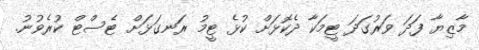
މާޒިޔާ ފަދަ ވަރުގަދަ ޓީމަކާ ދެކޮޅަށް ކުޅެ ޓީމު ރަނގަޅަށް ޓެސްޓް ކުރެވުނު.